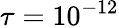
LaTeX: \tau=10^{-12}